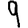
Digit: 9